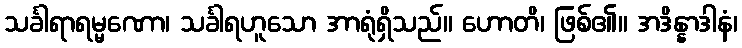
သင်္ခါရာရမ္မဏော၊ သင်္ခါရဟူသော အာရုံရှိသည်။ ဟောတိ၊ ဖြစ်၏။ အဒိန္နာဒါနံ၊